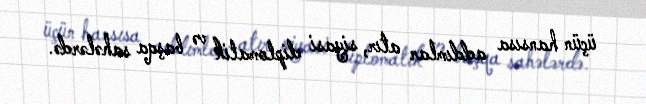
üçün hansısa addımlar atır, siyasi diplomatik və başqa sahələrdə.